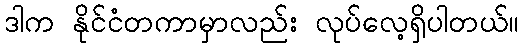
ဒါက နိုင်ငံတကာမှာလည်း လုပ်လေ့ရှိပါတယ်။